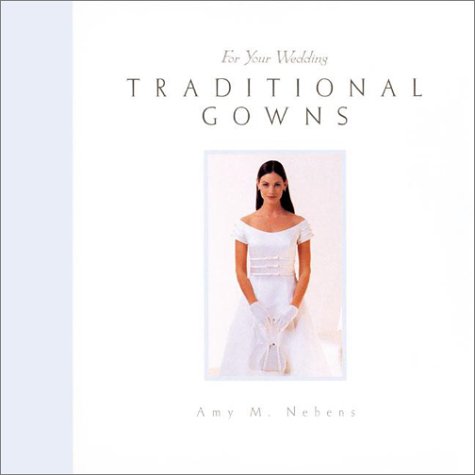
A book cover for For Your Wedding: Traditional Gowns (For Your Wedding Series); Amy Nebens; Crafts, Hobbies & Home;